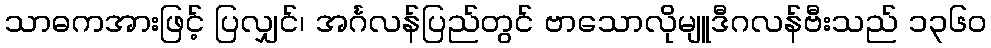
သာဓကအားဖြင့် ပြလျှင်၊ အင်္ဂလန်ပြည်တွင် ဗာသောလိုမျူဒီဂလန်ဗီးသည် ၁၃၆၀